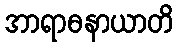
အာရာဓနာယာတိ